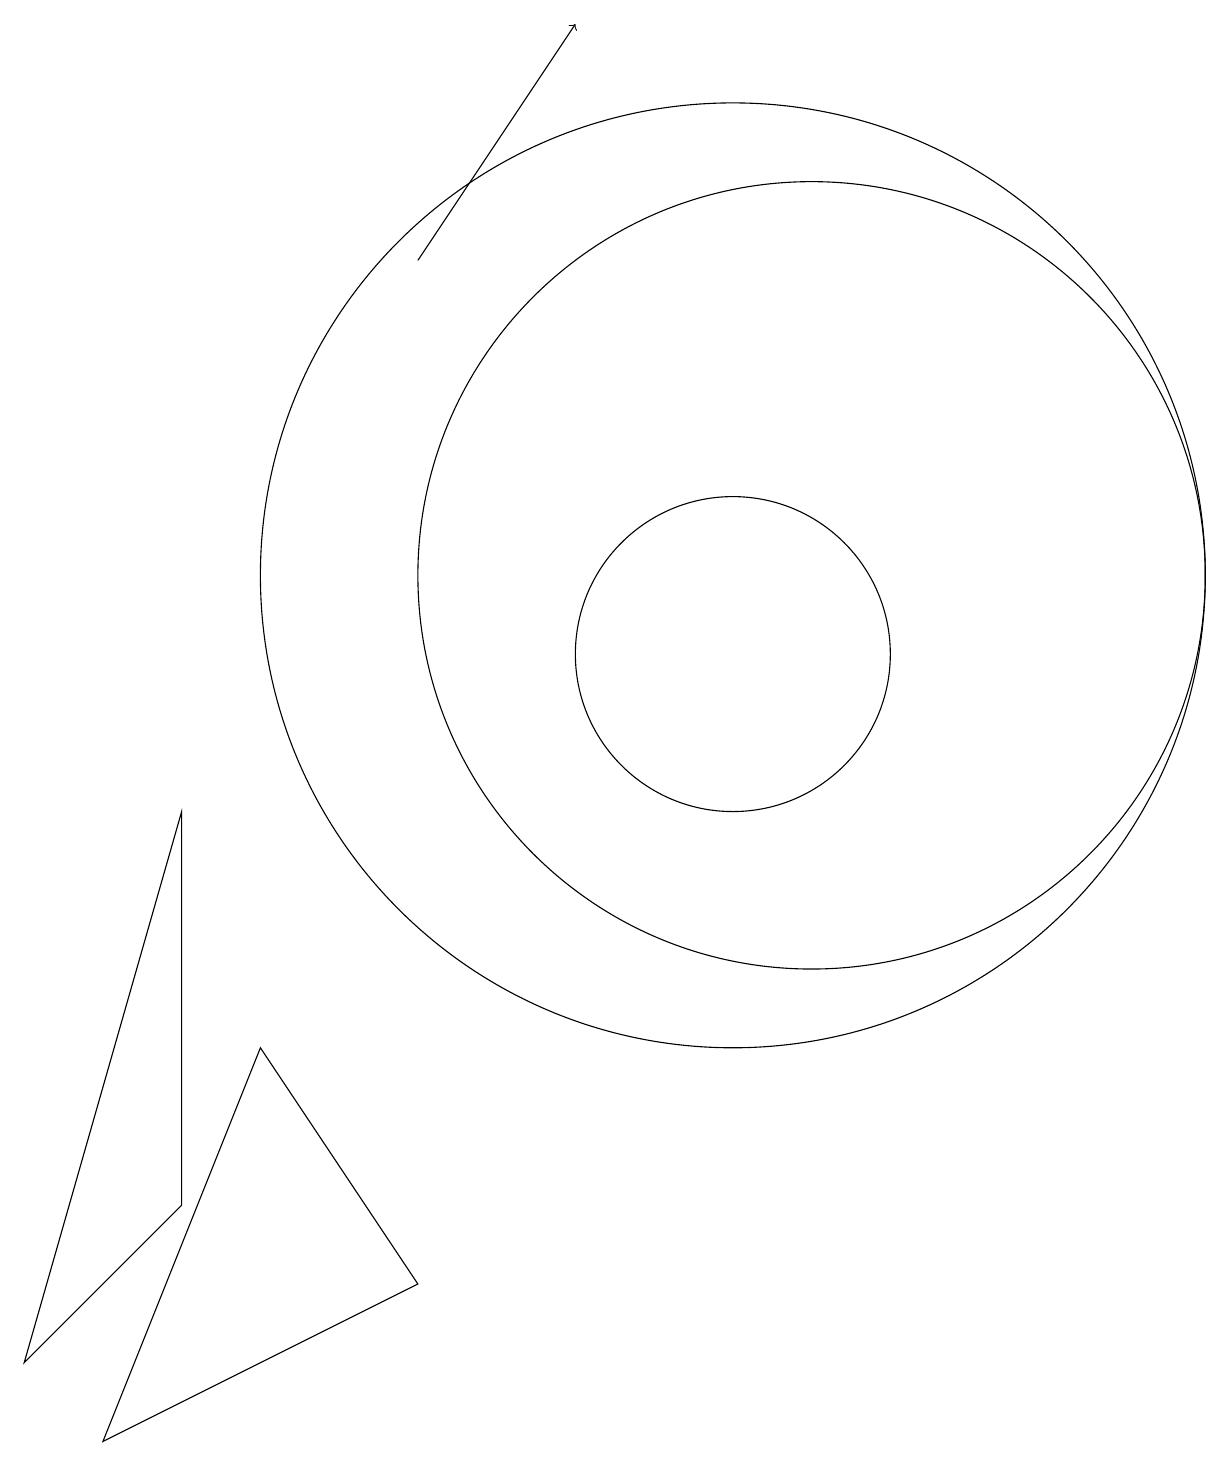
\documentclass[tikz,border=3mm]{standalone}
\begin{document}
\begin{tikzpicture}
\draw (10,11) circle (2);
\draw[->] (6,16) -- (8,19);
\draw (11,12) circle (5);
\draw (3,9) -- (1,2) -- (3,4) -- cycle;
\draw (10,12) circle (6);
\draw (6,3) -- (4,6) -- (2,1) -- cycle;
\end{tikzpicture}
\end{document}